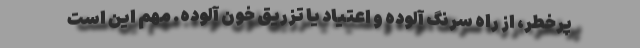
پرخطر، از راه سرنگ آلوده و اعتیاد یا تزریق خون آلوده. مهم این است